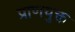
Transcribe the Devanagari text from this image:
प्राणयुक्त